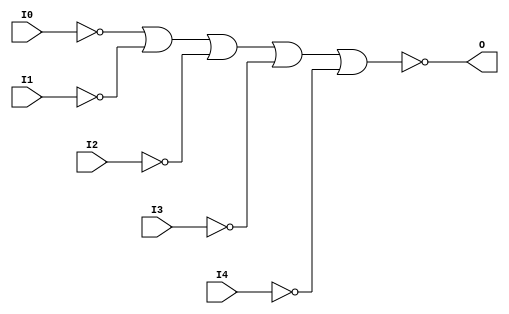

/*

FUNCTION	: 5-INPUT NOR GATE

*/

`timescale  100 ps / 10 ps

`celldefine

module NOR5B5 (O, I0, I1, I2, I3, I4);


    output O;

    input  I0, I1, I2, I3, I4;

    not N4 (i4_inv, I4);
    not N3 (i3_inv, I3);
    not N2 (i2_inv, I2);
    not N1 (i1_inv, I1);
    not N0 (i0_inv, I0);
    nor O1 (O, i0_inv, i1_inv, i2_inv, i3_inv, i4_inv);

    specify
	(I0 *> O) = (0, 0);
	(I1 *> O) = (0, 0);
	(I2 *> O) = (0, 0);
	(I3 *> O) = (0, 0);
	(I4 *> O) = (0, 0);
    endspecify

endmodule

`endcelldefine